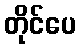
တိုင်ပေ